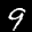
Label: 9